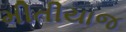
મીતીયાજ